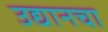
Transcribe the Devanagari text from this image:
उद्यानचा